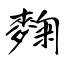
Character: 麴